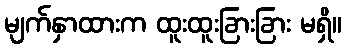
မျက်နှာထားက ထူးထူးခြားခြား မရှိ။